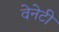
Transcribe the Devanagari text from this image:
वेनेटी